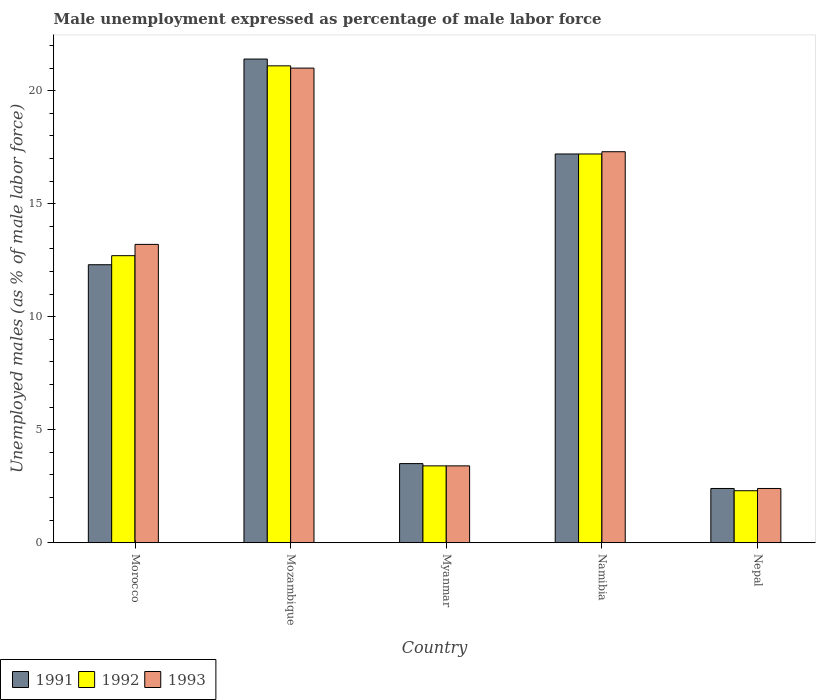
| Country | 1991 | 1992 | 1993 |
 | --- | --- | --- | --- |
 | Morocco | 12.3 | 12.7 | 13.2 |
 | Mozambique | 21.4 | 21.1 | 21 |
 | Myanmar | 3.5 | 3.4 | 3.4 |
 | Namibia | 17.2 | 17.2 | 17.3 |
 | Nepal | 2.4 | 2.3 | 2.4 |